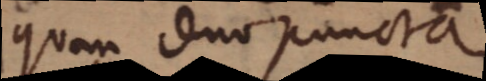
quam duo puncta